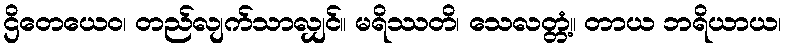
ဌိတေယေဝ၊ တည်လျက်သာလျှင်။ မရိဿတိ၊ သေလတ္တံ့။ တာယ ဘရိယာယ၊